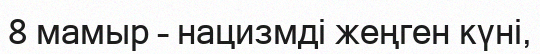
8 мамыр – нацизмді жеңген күні,